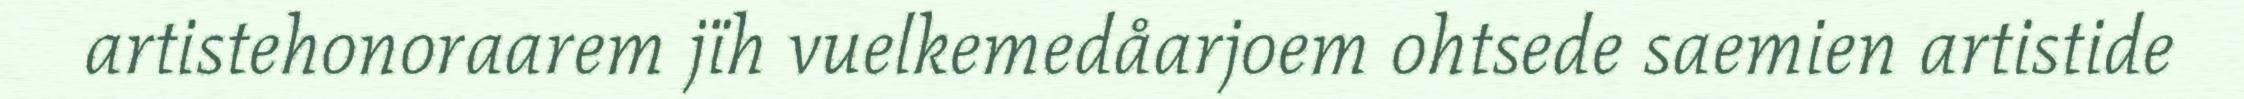
artistehonoraarem jïh vuelkemedåarjoem ohtsede saemien artistide